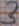
Text: 3